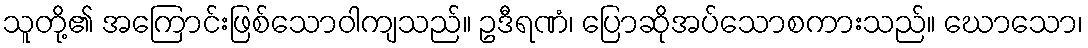
သူတို့၏ အကြောင်းဖြစ်သောဝါကျသည်။ ဥဒီရဏံ၊ ပြောဆိုအပ်သောစကားသည်။ ဃောသော၊